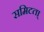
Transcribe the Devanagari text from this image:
समिटता्